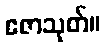
ဧဇာသုတ်။